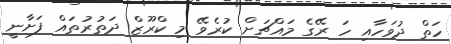
ހަތް ދުވަހާއި ހަ ރޭގެ މައްޗަށް ކުރެވޭ މި ކްރޫޒް ދަތުރުތައް ފަށާނީ